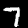
Label: 7